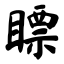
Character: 瞟